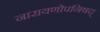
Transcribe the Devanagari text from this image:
नारायणोपनिषद्